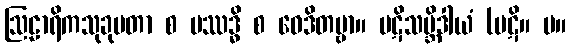
ဩဠာရိကသုခုမတာ စ ပဿဒ္ဓိ စ ဝေဒိတဗ္ဗာ။ ပဋိသမ္ဘိဒါယံ (ပဋိ။ မ။